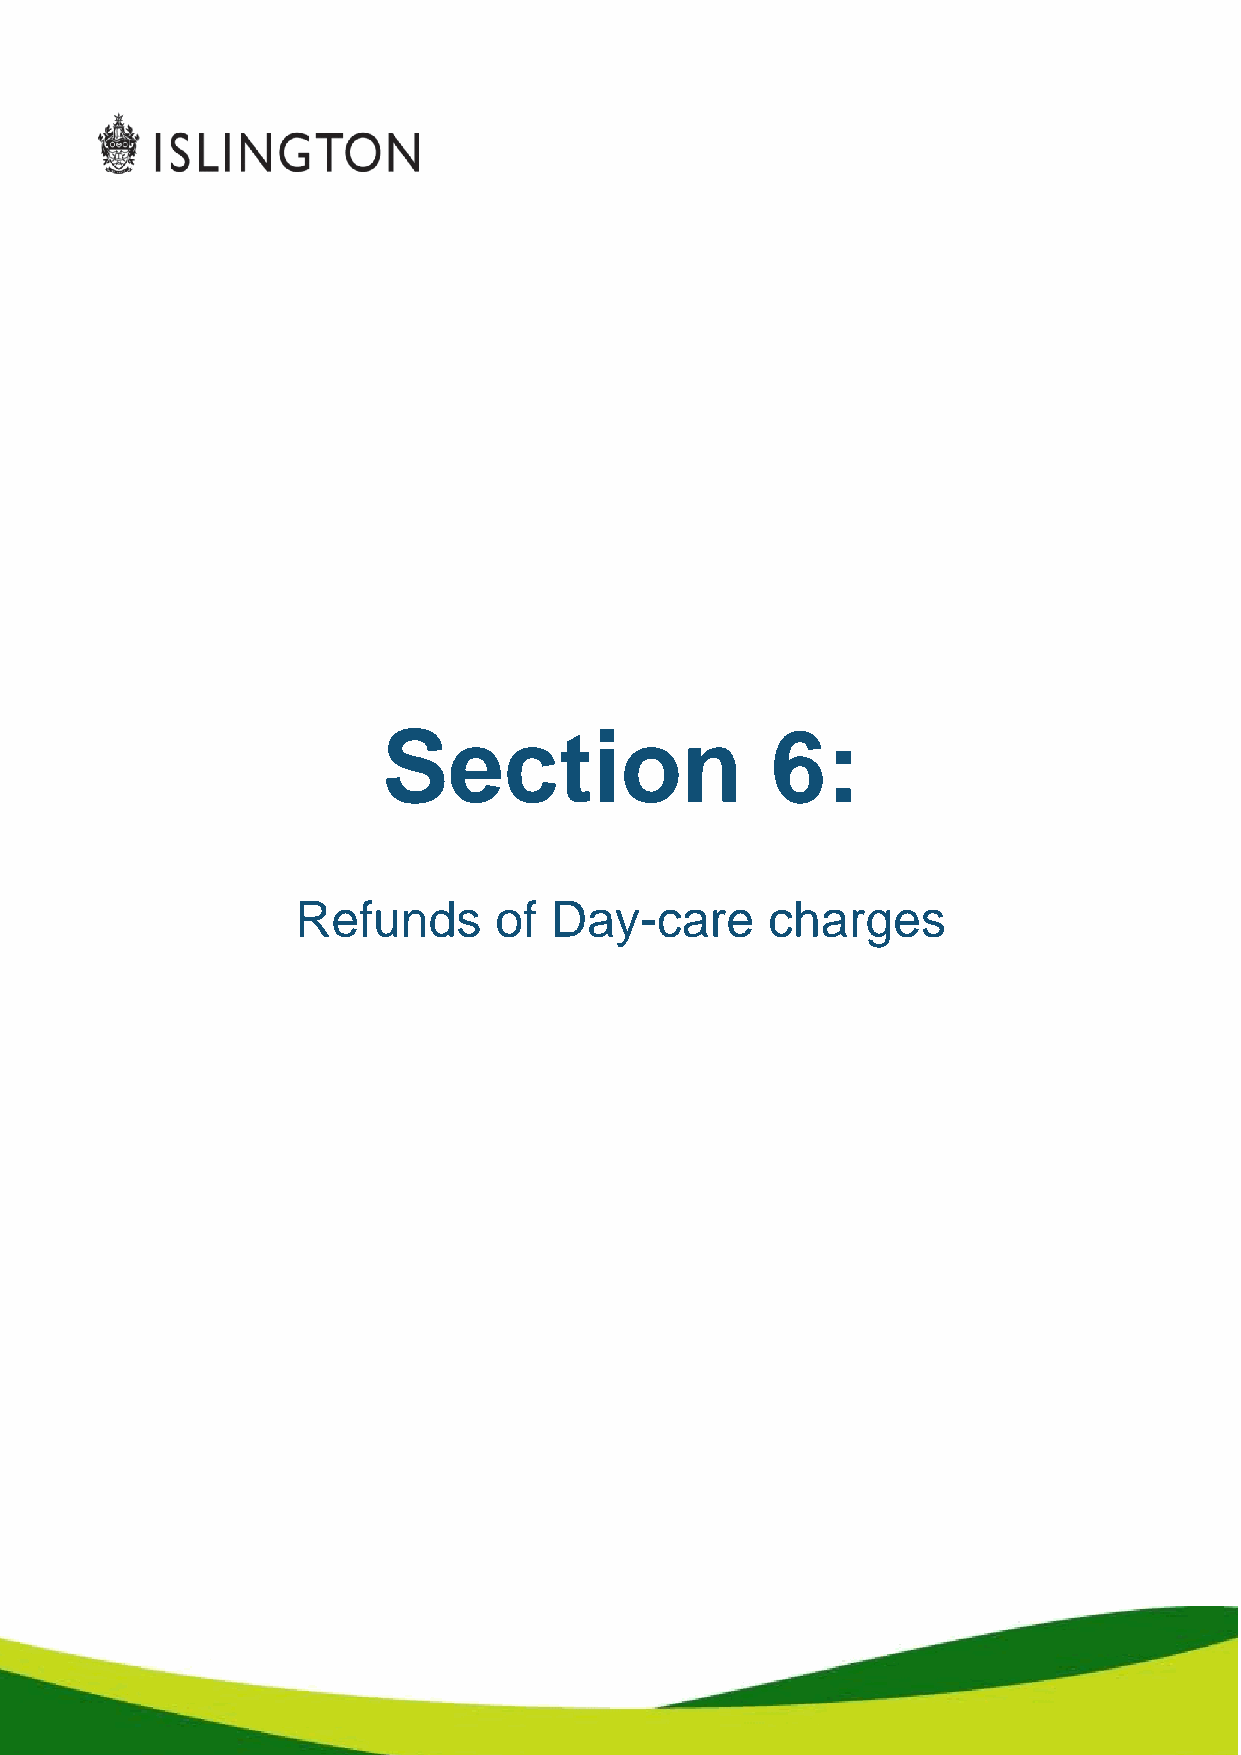
Section                   6:
 Refunds      of Day-care       charges